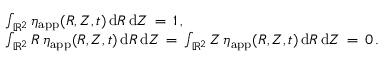
\begin{array} { r l } & { \int _ { \mathbb { R } ^ { 2 } } \eta _ { \mathrm { a p p } } ( R , Z , t ) \, \mathrm { d } R \, \mathrm { d } Z \, = \, 1 \, , } \\ & { \int _ { \mathbb { R } ^ { 2 } } R \, \eta _ { \mathrm { a p p } } ( R , Z , t ) \, \mathrm { d } R \, \mathrm { d } Z \, = \, \int _ { \mathbb { R } ^ { 2 } } Z \, \eta _ { \mathrm { a p p } } ( R , Z , t ) \, \mathrm { d } R \, \mathrm { d } Z \, = \, 0 \, . } \end{array}